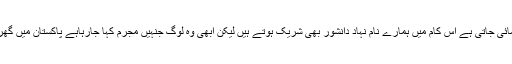
ساری کہانی کس کے گرد گھمائی جاتی ہے اس کام میں ہمارے نام نہاد دانشور بھی شریک ہوتے ہیں لیکن ابھی وہ لوگ جنہیں مجرم کہا جارہاہے پاکستان میں گھر کی صفائی میں مصروف ہیں۔